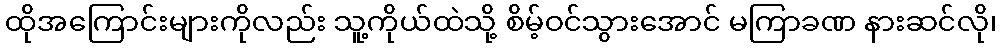
ထိုအကြောင်းများကိုလည်း သူ့ကိုယ်ထဲသို့ စိမ့်ဝင်သွားအောင် မကြာခဏ နားဆင်လို၊